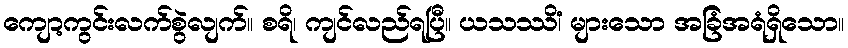
ကျော့ကွင်းလက်စွဲလျက်။ စရိ၊ ကျင်လည်ရပြီ။ ယသဿိံ၊ များသော အခြံအရံရှိသော။